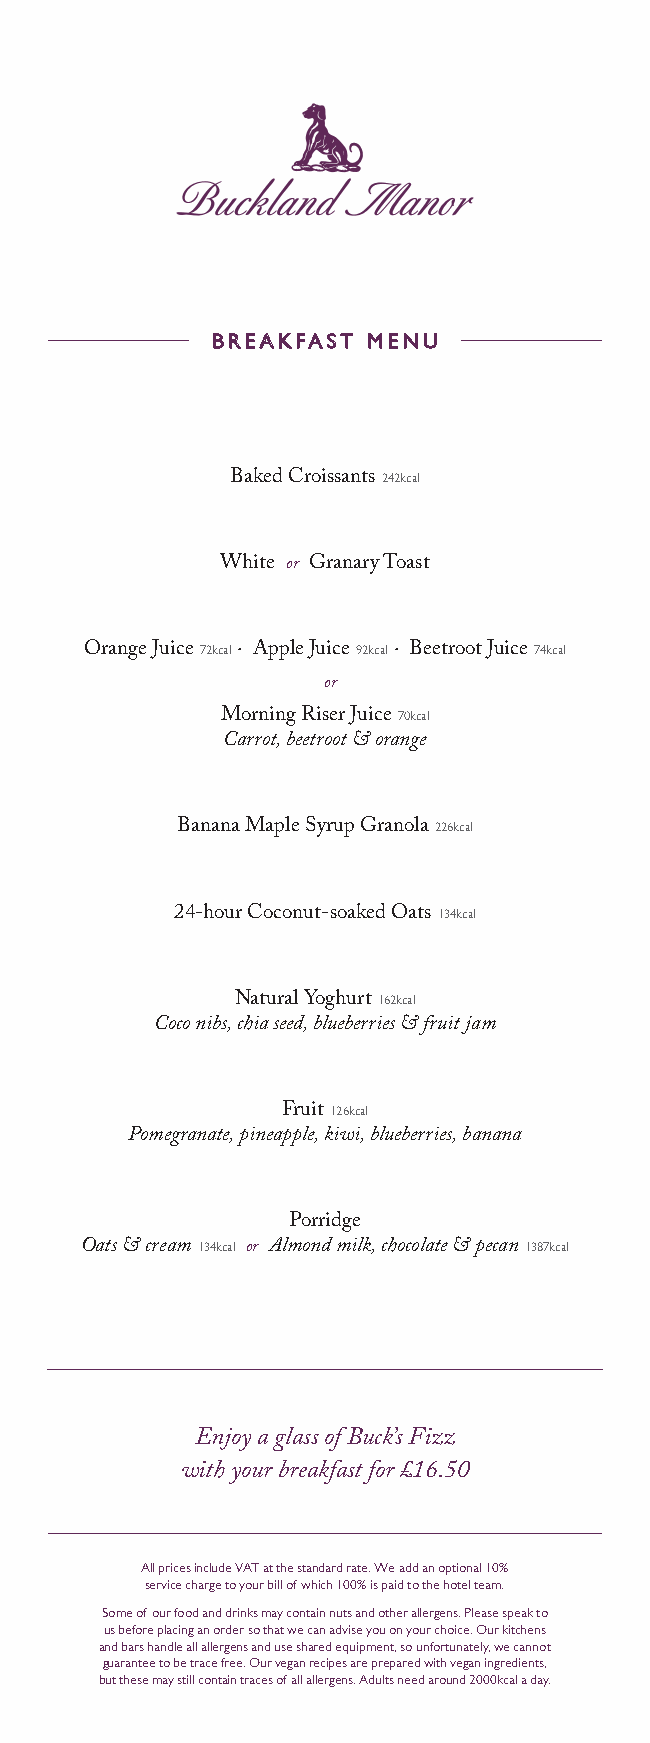
BBRREEAAKKFFAASSTT MMEENNUU
 Baked Croissants 242kcal
 White or Granary Toast
 Orange Juice 72kcal . Apple Juice 92kcal . Beetroot Juice 74kcal
 or
 Morning Riser Juice 70kcal
 Carrot, beetroot & orange
 Banana Maple Syrup Granola 226kcal
 24-hour Coconut-soaked Oats 134kcal
 Natural Yoghurt 162kcal
 Coco nibs, chia seed, blueberries & fruit jam
 Fruit 126kcal
 Pomegranate, pineapple, kiwi, blueberries, banana
 Porridge
 Oats & cream 134kcal or Almond milk, chocolate & pecan 1387kcal
 Enjoy a glass of Buck’s Fizz
 with your breakfast for £16.50
 All prices include VAT at the standard rate. We add an optional 10%
 service charge to your bill of which 100% is paid to the hotel team.
 Some of our food and drinks may contain nuts and other allergens. Please speak to
 us before placing an order so that we can advise you on your choice. Our kitchens
 and bars handle all allergens and use shared equipment, so unfortunately, we cannot
 guarantee to be trace free. Our vegan recipes are prepared with vegan ingredients,
 but these may still contain traces of all allergens. Adults need around 2000kcal a day.